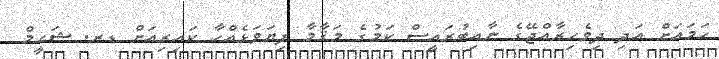
ހަމައަށް އަދި ދިވެހިރާއްޖޭގެ ނާއިބުރައީސް ކަމުގެ މަޤާމާ ފިޔަވަޅެއްހާ ކައިރިއަށް ޑރ. ޝަހީމް